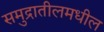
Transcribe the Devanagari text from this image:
समुद्रातीलमधील